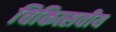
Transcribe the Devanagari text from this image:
चिकित्सवीय